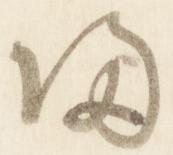
帰